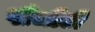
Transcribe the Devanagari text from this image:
पीजीटी